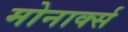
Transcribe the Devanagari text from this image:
मोनार्क्स